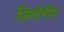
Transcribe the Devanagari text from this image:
सिलोनीस